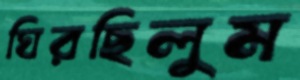
ঘিরছিলুম